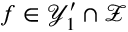
f \in \mathcal { Y } _ { 1 } ^ { \prime } \cap \mathcal { Z }